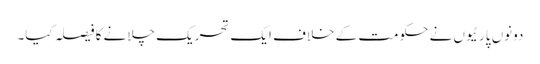
دونوں پارٹیوں نے حکومت کے خلاف ایک تحریک چلانے کا فیصلہ کیا۔